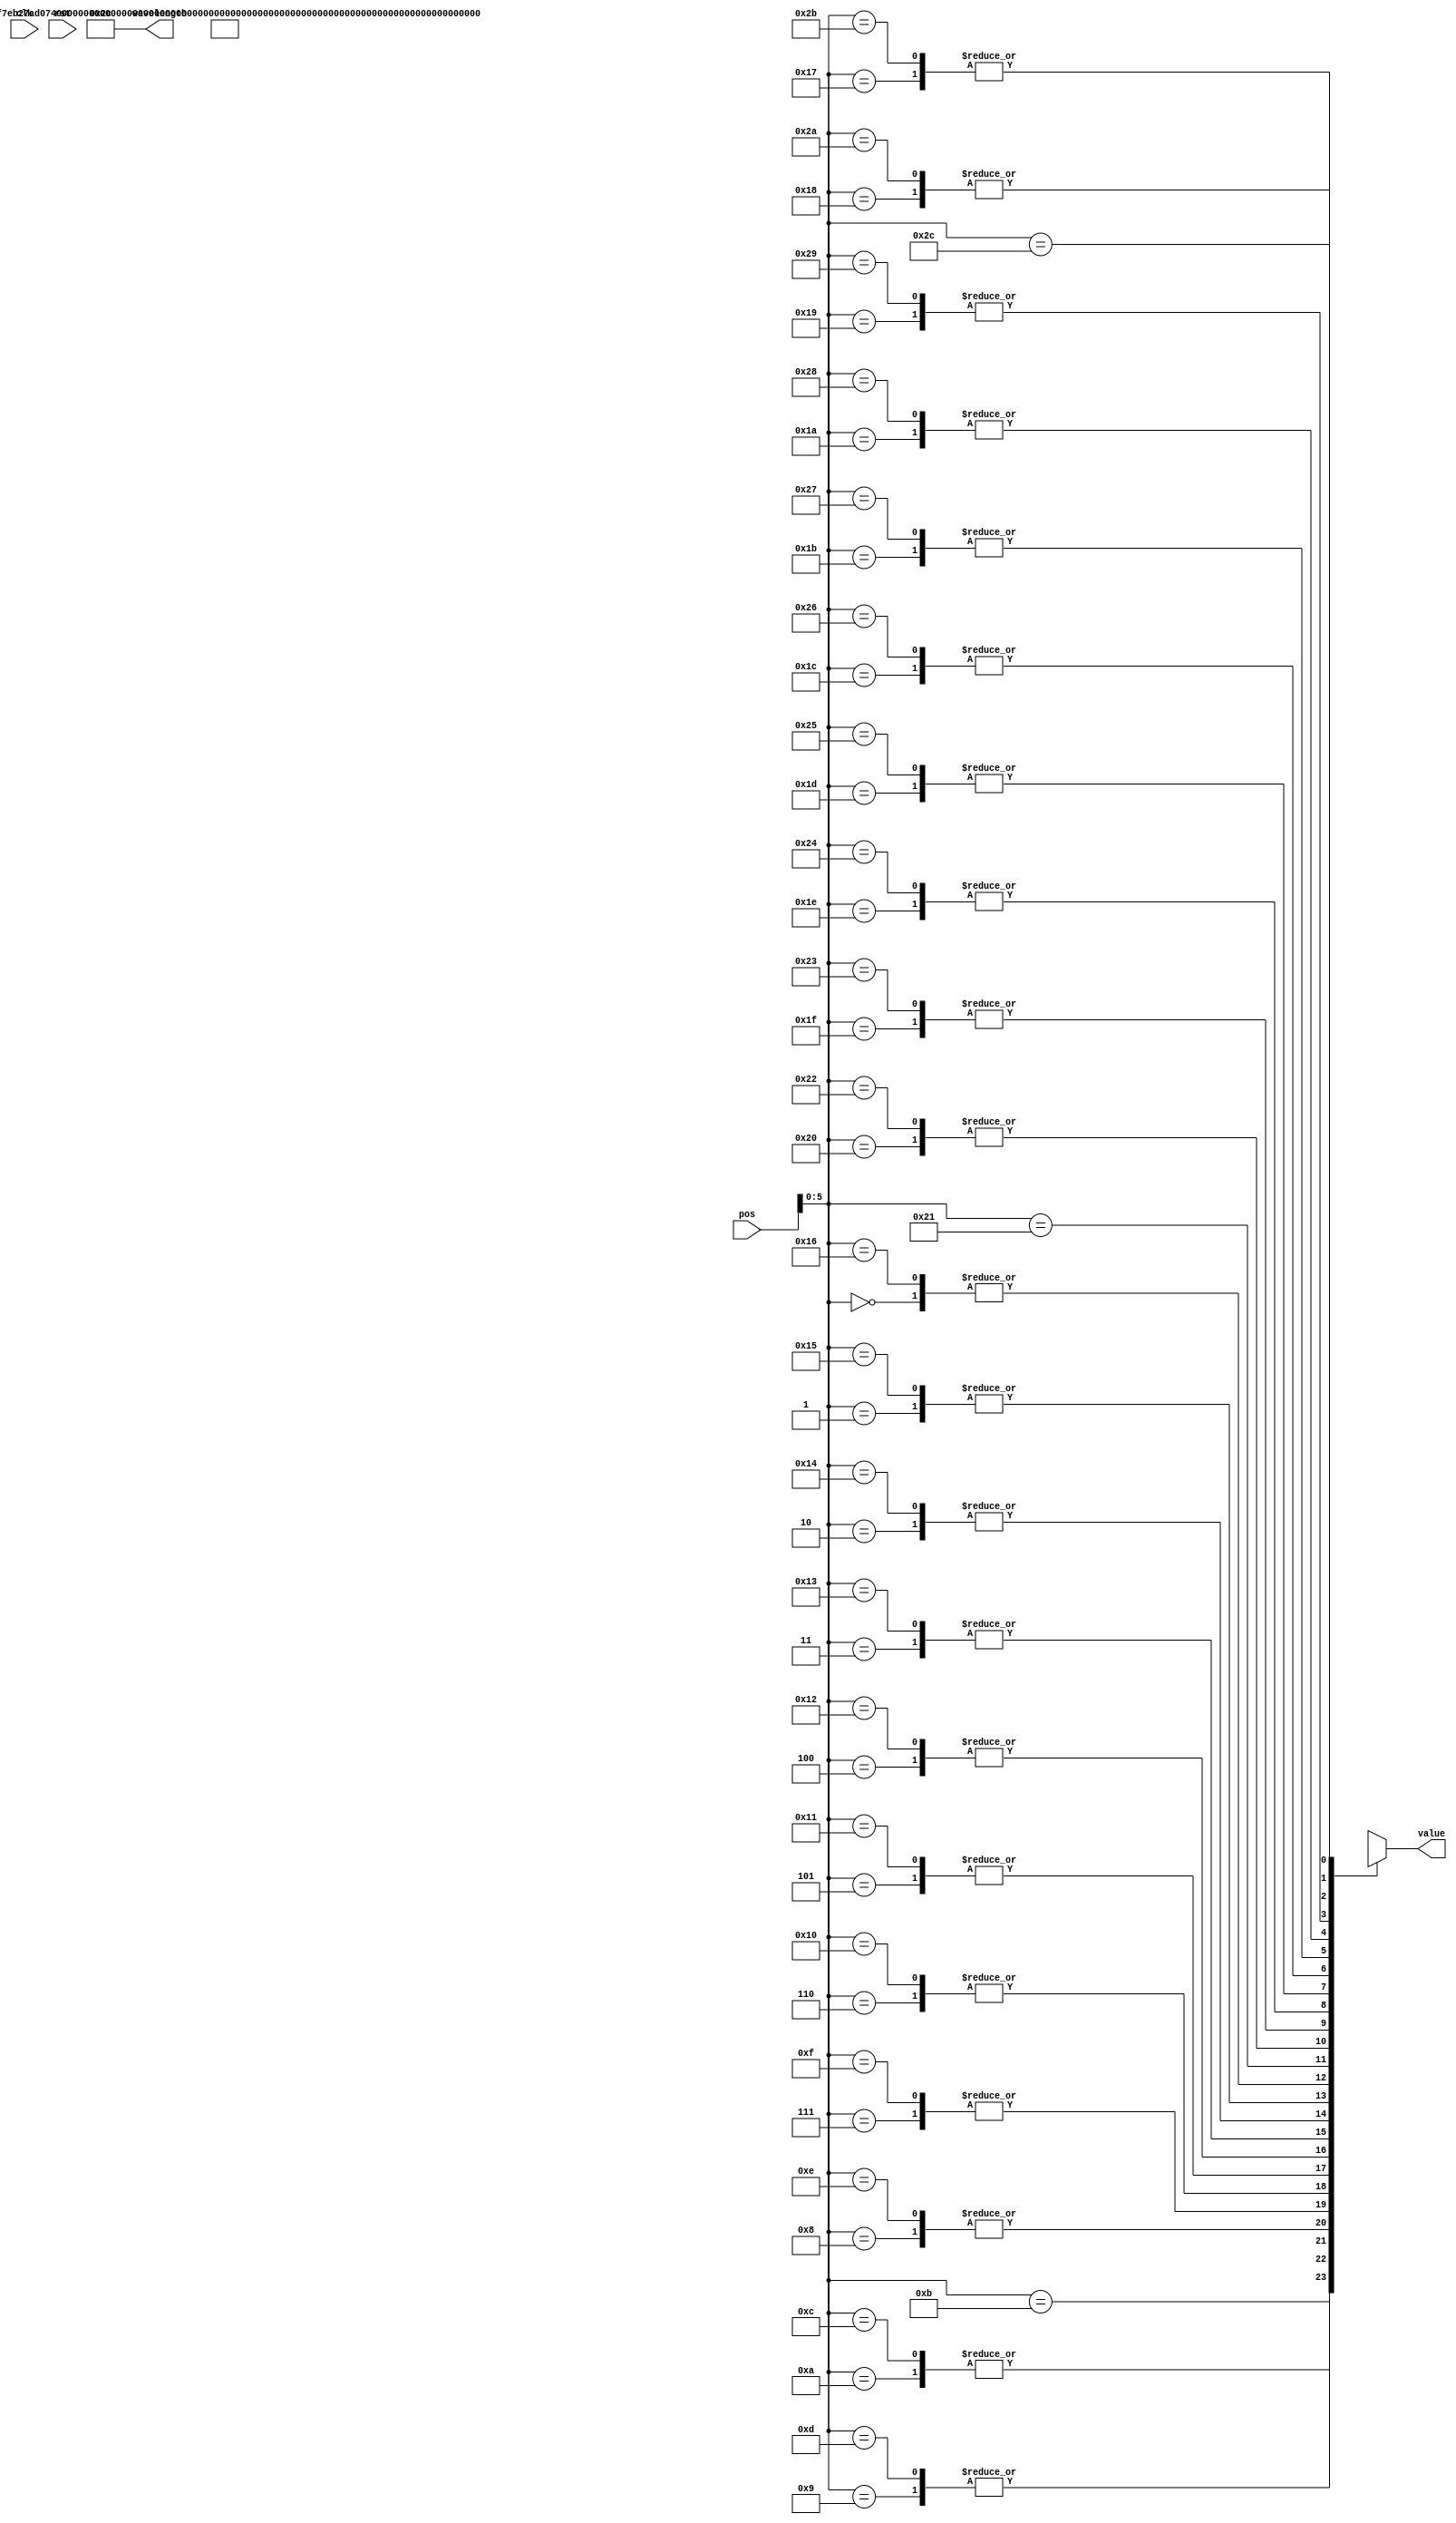
module waveform(
  clk,
  rst,
  wavelength,
  pos,
  value
);
input               clk;
input               rst;
input       [7:0]   pos;
output      [7:0]   wavelength;
output      [15:0]  value;
parameter WAVELENGTH = 44;
assign  wavelength = WAVELENGTH;
assign  value = wave[pos];
wire [15:0] wave [WAVELENGTH:0];
assign wave[0]  =  16'h0000;
assign wave[1]  =  16'h1237; 
assign wave[2]  =  16'h240F;
assign wave[3]  =  16'h352C;
assign wave[4]  =  16'h4533;
assign wave[5]  =  16'h53D2;
assign wave[6]  =  16'h60BC;
assign wave[7]  =  16'h6BAE;
assign wave[8]  =  16'h746E;
assign wave[9]  =  16'h7AD0;
assign wave[10] =  16'h7EB2;
assign wave[11] =  16'h7FFF;
assign wave[12] =  16'h7EB2;
assign wave[13] =  16'h7AD0;
assign wave[14] =  16'h746E;
assign wave[15] =  16'h6BAE;
assign wave[16] =  16'h60BC;
assign wave[17] =  16'h53D2;
assign wave[18] =  16'h4533;
assign wave[19] =  16'h352C;
assign wave[20] =  16'h240F;
assign wave[21] =  16'h1237;
assign wave[22] =  16'h0000;
assign wave[23] =  16'hEDC9;
assign wave[24] =  16'hDBF1;
assign wave[25] =  16'hCAD4;
assign wave[26] =  16'hBACD;
assign wave[27] =  16'hAC2E;
assign wave[28] =  16'h9F43;
assign wave[29] =  16'h9452;
assign wave[30] =  16'h8B92;
assign wave[31] =  16'h8530;
assign wave[32] =  16'h814E;
assign wave[33] =  16'h8001;
assign wave[34] =  16'h814E;
assign wave[35] =  16'h8530;
assign wave[36] =  16'h8B92;
assign wave[37] =  16'h9452;
assign wave[38] =  16'h9F43;
assign wave[39] =  16'hAC2E;
assign wave[40] =  16'hBACD;
assign wave[41] =  16'hCAD4;
assign wave[42] =  16'hDBF1;
assign wave[43] =  16'hEDC9;
endmodule